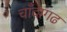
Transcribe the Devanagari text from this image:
चाँदागढ